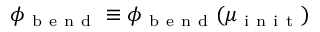
\phi _ { \mathrm { ~ b ~ e ~ n ~ d ~ } } \equiv \phi _ { \mathrm { ~ b ~ e ~ n ~ d ~ } } ( \mu _ { \mathrm { ~ i ~ n ~ i ~ t ~ } } )